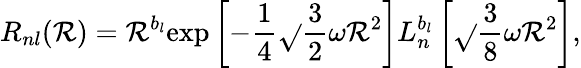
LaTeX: R_{nl}(\mathcal{R})=\mathcal{R}^{b_{l}}\mathrm{{exp}}\left[-{\frac{{1}}{{4}}}\sqrt{}{{\frac{{3}}{{2}}}}\omega\mathcal{R}^{2}\right]L_{n}^{b_{l}}\left[\sqrt{}{{\frac{{3}}{{8}}}}\omega\mathcal{R}^{2}\right],